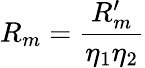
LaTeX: R_{m}=\frac{R_{m}^{\prime}}{\eta_{1}\eta_{2}}